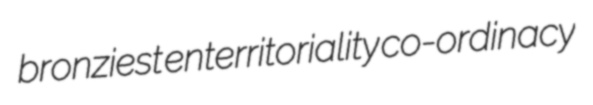
bronziest enterritoriality co-ordinacy